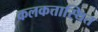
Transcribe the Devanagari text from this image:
कलकत्तास्थित